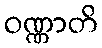
ဝဏ္ဏာတိ